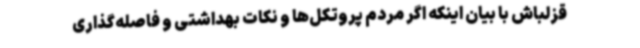
قزلباش با بیان اینکه اگر مردم پروتکل‌ها و نکات بهداشتی و فاصله‌گذاری